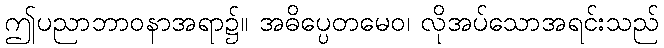
ဤပညာဘာဝနာအရာ၌။ အဓိပ္ပေတမေဝ၊ လိုအပ်သောအရင်းသည်